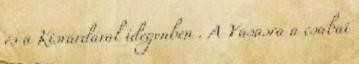
és a Kisvárdával idegenben . A Vasasra a csabai